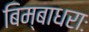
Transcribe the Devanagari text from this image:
बिम्बाधराः